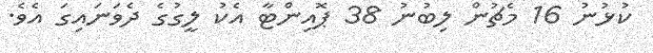
ކުޅުނު 16 މެޗުން ލިބުނު 38 ޕޮއިންޓާ އެކު ލީގުގެ ދެވަނައިގަ އެވެ.